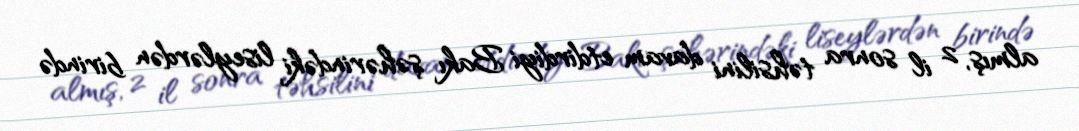
almış, 2 il sonra təhsilini davam etdirdiyi Bakı şəhərindəki liseylərdən birində